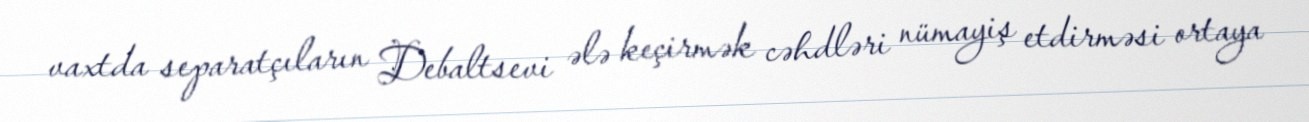
vaxtda separatçıların Debaltsevi ələ keçirmək cəhdləri nümayiş etdirməsi ortaya